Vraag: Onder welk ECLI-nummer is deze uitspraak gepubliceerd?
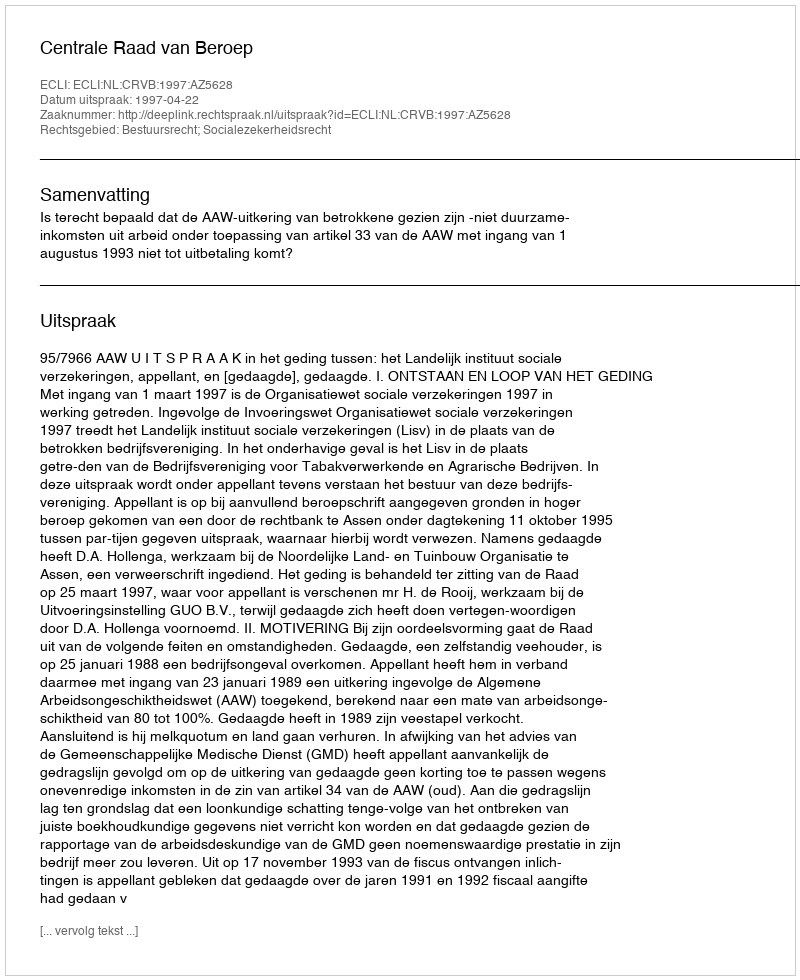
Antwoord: ECLI:NL:CRVB:1997:AZ5628